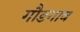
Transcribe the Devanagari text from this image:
गौडगाव